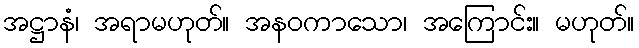
အဋ္ဌာနံ၊ အရာမဟုတ်။ အနဝကာသော၊ အကြောင်း။ မဟုတ်။